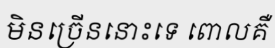
មិនច្រើននោះទេ ពោលគឺ